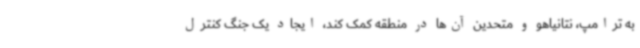
به ترامپ، نتانیاهو و متحدین آن‌ها در منطقه کمک کند، ایجاد یک جنگ کنترل